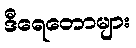
ဒီရေတောများ